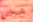
شخص